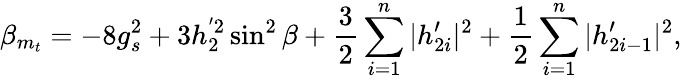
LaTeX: \beta_{m_{t}}=-8g_{s}^{2}+3h_{2}^{'2}\sin^{2}\beta+\frac{3}{2}\sum_{i=1}^{n}|h_{2i}^{\prime}|^{2}+\frac{1}{2}\sum_{i=1}^{n}|h_{2i-1}^{\prime}|^{2},